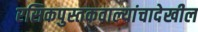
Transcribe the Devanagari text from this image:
रसिकपुस्तकवाल्यांचादेखील